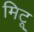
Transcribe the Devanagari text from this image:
मिटू